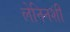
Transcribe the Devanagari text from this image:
लेनिनशी